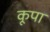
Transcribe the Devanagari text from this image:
कूपा